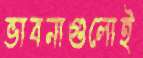
ভাবনাগুলোই